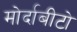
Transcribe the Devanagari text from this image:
मोर्दाबीटो